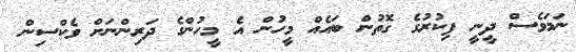
ނަމަވެސް ދީނީ ފިކުރުގެ ގޮތުން ބައެއް މީހުން އެ މީހުންގެ ދަރިންނަށް ވެކްސިން